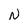
Character: N